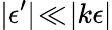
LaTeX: |\epsilon^{\prime}|\! \ll\! |k\epsilon|